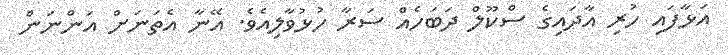
އަޅާފައި ހުރި އާދައިގެ ސްކޫލް ދަބަހެއް ސަރާ ހުޅުވާލިއެވެ. އޭނާ އެތަނަށް އަންނަން